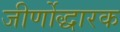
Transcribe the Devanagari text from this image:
जीर्णोद्धारक